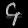
Digit: ၄